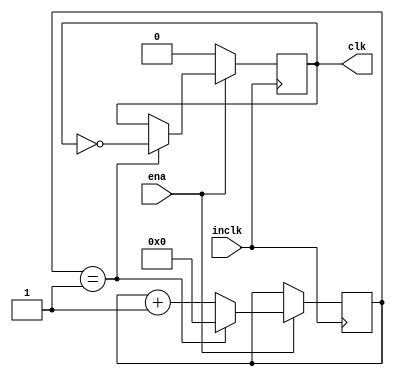
module clock_divider
 #(parameter maxcount=32'd1)// input 10MHz clock and output 1Hz clk
(
    input inclk,
    input ena,
    output reg clk=1
);

 reg [31:0] count=32'd0;

 always @ (posedge inclk )
	begin
		if (ena)
            begin
                if (count==maxcount)
                    begin
                        clk=~clk;
                        count=32'd0;
                    end
                else
                    begin
                        count=count+1;
                    end
            end
		else
            begin
                clk=0;
            end
	end

 endmodule